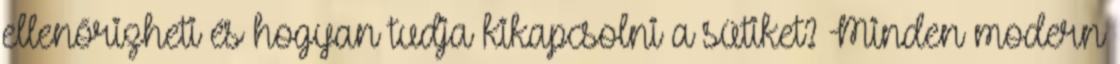
ellenőrizheti és hogyan tudja kikapcsolni a sütiket? Minden modern